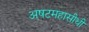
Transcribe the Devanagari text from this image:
अषटमहासीधी